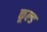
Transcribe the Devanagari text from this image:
कूल्‍ड